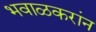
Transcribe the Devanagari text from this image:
भवाळकरांन